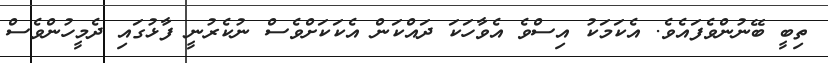
ތިބީ ބޭނުންވެފައެވެ. އެކަމަކު އިސްވެ އެވާހަކަ ދައްކަން އެކަކަށްވެސް ނުކެރުނީ ފާޅުގައި ދެމީހުންވެސް